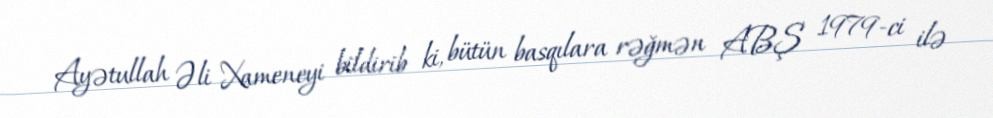
Ayətullah Əli Xameneyi bildirib ki, bütün basqılara rəğmən ABŞ 1979-ci ilə